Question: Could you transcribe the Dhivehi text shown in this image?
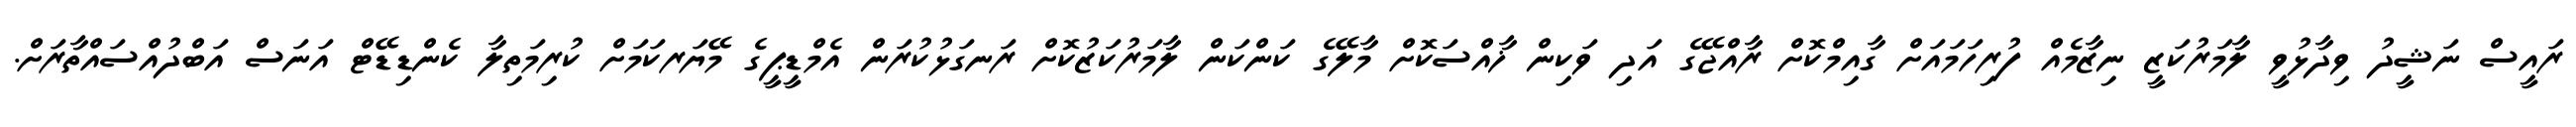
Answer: ރައީސް ނަޝީދު ވިދާޅުވީ ލާމަރުކަޒީ ނިޒާމެއް ފުރިހަމައަށް ގާއިމްކޮށް ރާއްޖޭގެ އަދި ވަކިން ޚާއްސަކޮށް މާލޭގެ ކަންކަން ލާމަރުކަޒުކޮށް ރަނގަޅުކުރަން އެމްޑީޕީގެ މޭޔަރކަމަށް ކުރިމަތިލާ ކެންޑިޑޭޓް އަނަސް އަބްދުއްސައްތާރަށް.